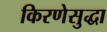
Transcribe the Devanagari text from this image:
किरणेसुद्धा